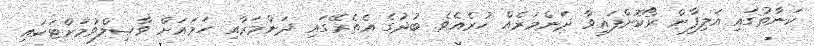
ކަނާތުގައި އަލިފާން ރޯކޮށްފައިވާ ދަންމަރެއް ހުރެއެވެ. ބުދުގެ އެތެރޭގައި ދަންމަރާއި ހަމައަށް ވާޞިލްވުމަށްޓަކައި